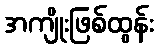
အကျိုးဖြစ်ထွန်း